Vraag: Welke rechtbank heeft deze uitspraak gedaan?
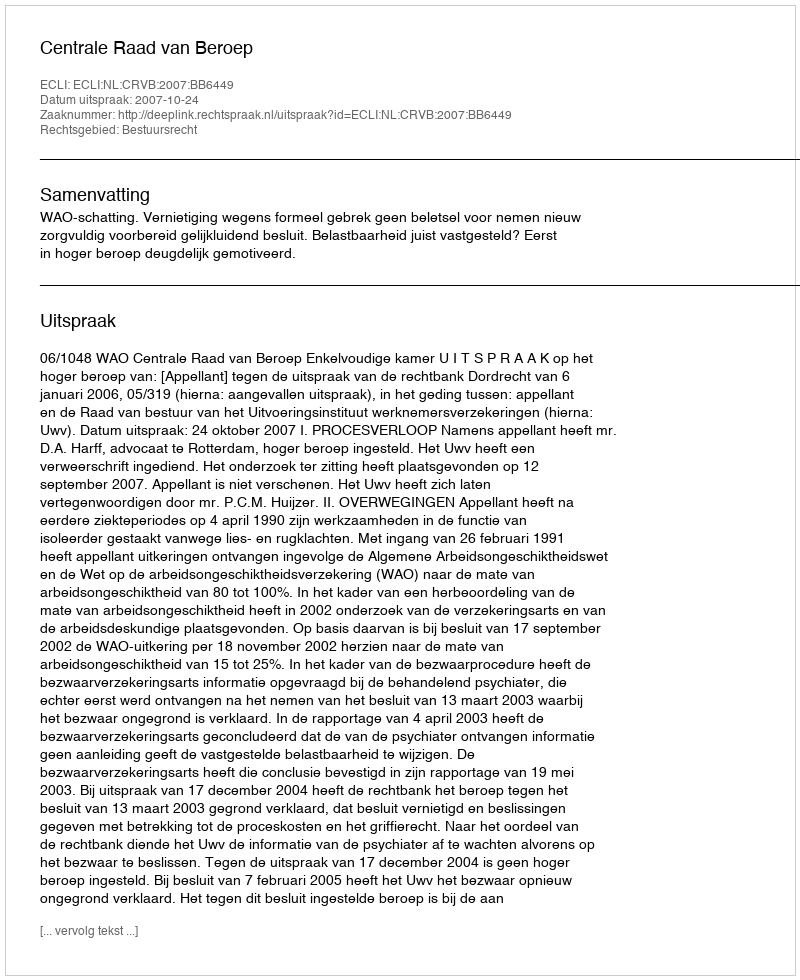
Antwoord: Centrale Raad van Beroep